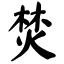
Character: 焚